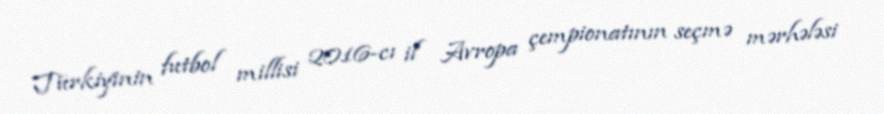
Türkiyinin futbol millisi 2016-cı il Avropa çempionatının seçmə mərhələsi